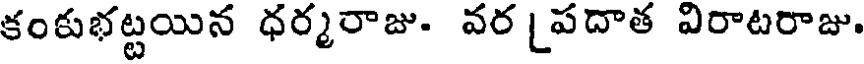
కంకుభట్టయిన ధర్మరాజు. వర [పదాత విరాటరాజు.